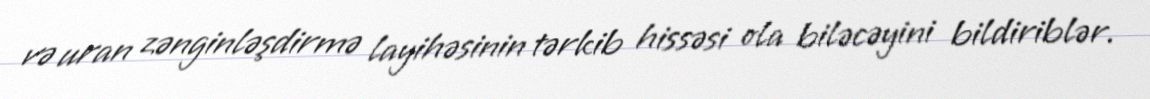
və uran zənginləşdirmə layihəsinin tərkib hissəsi ola biləcəyini bildiriblər.